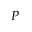
P